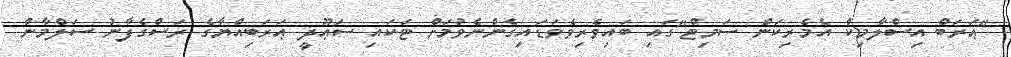
"ޢަރަބް އިސްލާމިކް އެމެރިކަން ސަމިޓް"ގައި ބައިވެރިވެވަޑައިގެންނެވުމަށް ޓަކައި ސަޢޫދީ ޢަރަބިއްޔާގެ ރަސްގެފާނު ސަލްމާން